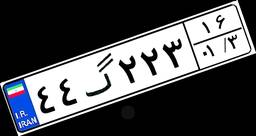
۷۱گ۷۴۸۷۹